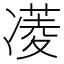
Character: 𮰈